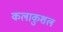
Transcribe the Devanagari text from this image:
कलाकुशल